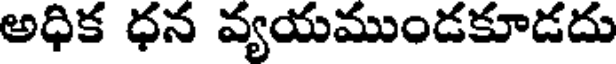
అధిక ధన వ్యయముండకూడదు